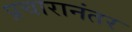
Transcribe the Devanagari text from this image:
प्रचारानंतर